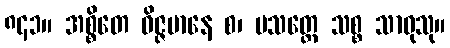
၈၄၁။ အစ္စိတေ ဝိဇ္ဇမာနေ စ၊ ပသတ္ထေ သစ္စ သာဓုသု။